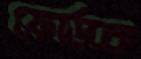
ফোর্ডকে